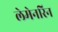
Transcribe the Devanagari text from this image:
लेमेनरिन